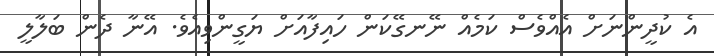
އެ ކުދީންނަށް އެއްވެސް ކަމެއް ނޭނގޭކަން ހައިފާއަށް ޔަގީންވިއެވެ. އޭނާ ދެން ބަލާލީ